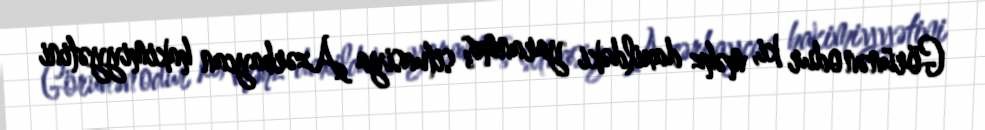
Görünən odur ki, məhz daxildəki yaranmış situasiya Azərbaycan hakimiyyətini